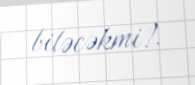
biləcəkmi?.